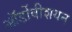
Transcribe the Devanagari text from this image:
ऑर्डोवीशयन